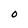
Character: O